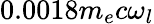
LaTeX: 0.0018m_{e}c\omega_{l}